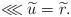
LaTeX: \begin{align*} \lll \widetilde{u} = \widetilde{r} .\end{align*}